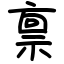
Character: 禀